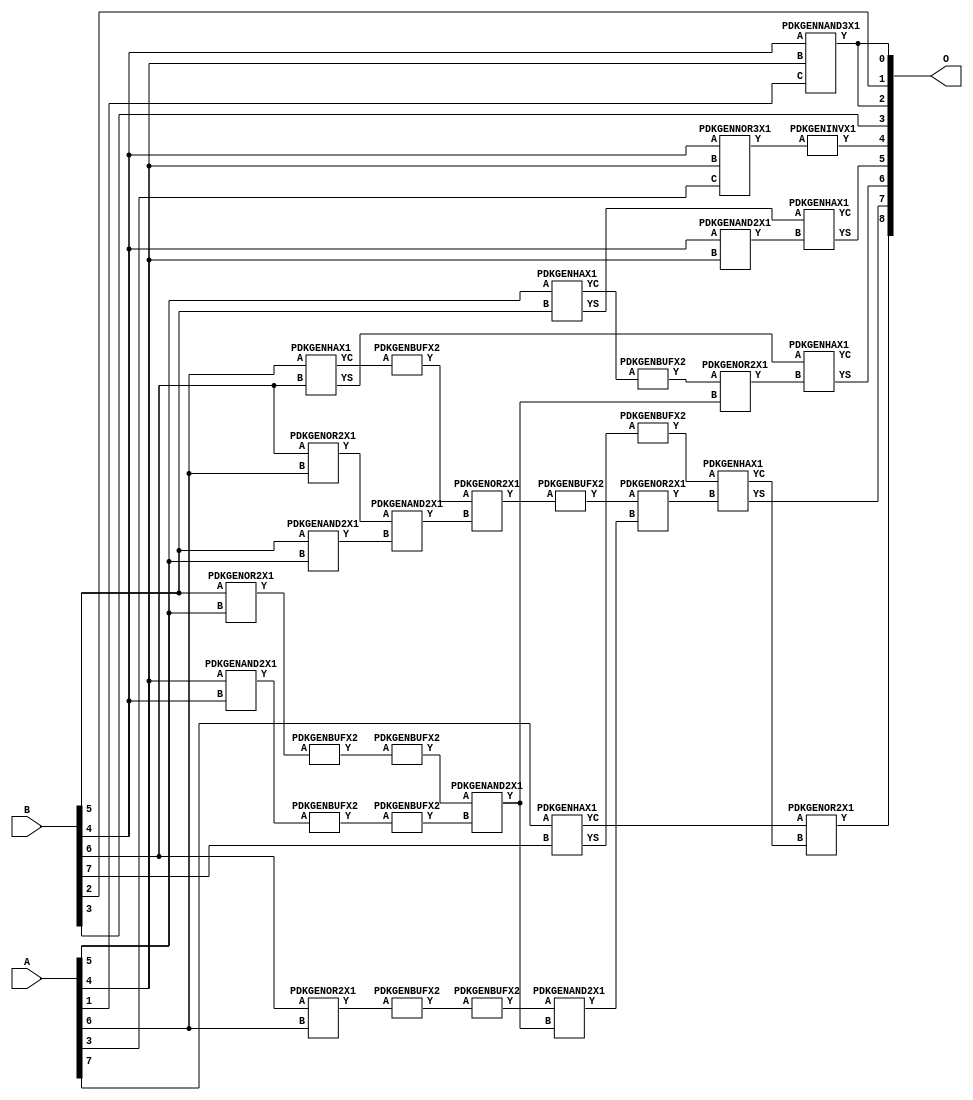
// Library = EvoApprox8b
// Circuit = add8_061
// Area   (180) = 1252
// Delay  (180) = 0.880
// Power  (180) = 329.70
// Area   (45) = 89
// Delay  (45) = 0.370
// Power  (45) = 26.27
// Nodes = 32
// HD = 188032
// MAE = 6.21875
// MSE = 59.12500
// MRE = 3.26 %
// WCE = 21
// WCRE = 500 %
// EP = 94.5 %

module add8_061(A, B, O);
  input [7:0] A;
  input [7:0] B;
  output [8:0] O;
  wire [2031:0] N;

  assign N[0] = A[0];
  assign N[1] = A[0];
  assign N[2] = A[1];
  assign N[3] = A[1];
  assign N[4] = A[2];
  assign N[5] = A[2];
  assign N[6] = A[3];
  assign N[7] = A[3];
  assign N[8] = A[4];
  assign N[9] = A[4];
  assign N[10] = A[5];
  assign N[11] = A[5];
  assign N[12] = A[6];
  assign N[13] = A[6];
  assign N[14] = A[7];
  assign N[15] = A[7];
  assign N[16] = B[0];
  assign N[17] = B[0];
  assign N[18] = B[1];
  assign N[19] = B[1];
  assign N[20] = B[2];
  assign N[21] = B[2];
  assign N[22] = B[3];
  assign N[23] = B[3];
  assign N[24] = B[4];
  assign N[25] = B[4];
  assign N[26] = B[5];
  assign N[27] = B[5];
  assign N[28] = B[6];
  assign N[29] = B[6];
  assign N[30] = B[7];
  assign N[31] = B[7];

  PDKGENNAND3X1 n36(.A(N[24]), .B(N[8]), .C(N[2]), .Y(N[36]));
  assign N[37] = N[36];
  PDKGENOR2X1 n42(.A(N[28]), .B(N[12]), .Y(N[42]));
  assign N[43] = N[42];
  PDKGENOR2X1 n44(.A(N[28]), .B(N[12]), .Y(N[44]));
  PDKGENAND2X1 n46(.A(N[26]), .B(N[10]), .Y(N[46]));
  PDKGENNOR3X1 n48(.A(N[24]), .B(N[8]), .C(N[6]), .Y(N[48]));
  assign N[49] = N[48];
  PDKGENAND2X1 n68(.A(N[8]), .B(N[24]), .Y(N[68]));
  assign N[69] = N[68];
  PDKGENBUFX2 n70(.A(N[69]), .Y(N[70]));
  PDKGENAND2X1 n72(.A(N[24]), .B(N[8]), .Y(N[72]));
  assign N[73] = N[72];
  PDKGENHAX1 n78(.A(N[10]), .B(N[26]), .YS(N[78]), .YC(N[79]));
  PDKGENBUFX2 n80(.A(N[79]), .Y(N[80]));
  assign N[81] = N[80];
  PDKGENHAX1 n86(.A(N[12]), .B(N[28]), .YS(N[86]), .YC(N[87]));
  PDKGENHAX1 n96(.A(N[14]), .B(N[30]), .YS(N[96]), .YC(N[97]));
  PDKGENBUFX2 n128(.A(N[44]), .Y(N[128]));
  PDKGENOR2X1 n134(.A(N[26]), .B(N[10]), .Y(N[134]));
  assign N[135] = N[134];
  PDKGENBUFX2 n136(.A(N[135]), .Y(N[136]));
  PDKGENBUFX2 n142(.A(N[87]), .Y(N[142]));
  assign N[143] = N[142];
  PDKGENBUFX2 n152(.A(N[70]), .Y(N[152]));
  assign N[153] = N[152];
  PDKGENBUFX2 n160(.A(N[96]), .Y(N[160]));
  PDKGENAND2X1 n162(.A(N[43]), .B(N[46]), .Y(N[162]));
  PDKGENBUFX2 n170(.A(N[128]), .Y(N[170]));
  PDKGENINVX1 n176(.A(N[49]), .Y(N[176]));
  assign N[177] = N[176];
  PDKGENOR2X1 n180(.A(N[143]), .B(N[162]), .Y(N[180]));
  assign N[181] = N[180];
  PDKGENBUFX2 n206(.A(N[136]), .Y(N[206]));
  PDKGENBUFX2 n208(.A(N[181]), .Y(N[208]));
  assign N[209] = N[208];
  PDKGENAND2X1 n226(.A(N[206]), .B(N[153]), .Y(N[226]));
  PDKGENOR2X1 n244(.A(N[81]), .B(N[226]), .Y(N[244]));
  assign N[245] = N[244];
  PDKGENAND2X1 n254(.A(N[170]), .B(N[226]), .Y(N[254]));
  PDKGENOR2X1 n272(.A(N[209]), .B(N[254]), .Y(N[272]));
  PDKGENHAX1 n394(.A(N[78]), .B(N[73]), .YS(N[394]), .YC(N[395]));
  PDKGENHAX1 n404(.A(N[86]), .B(N[245]), .YS(N[404]), .YC(N[405]));
  PDKGENHAX1 n412(.A(N[160]), .B(N[272]), .YS(N[412]), .YC(N[413]));
  PDKGENOR2X1 n422(.A(N[97]), .B(N[413]), .Y(N[422]));

  assign O[0] = N[37];
  assign O[1] = N[20];
  assign O[2] = N[37];
  assign O[3] = N[22];
  assign O[4] = N[177];
  assign O[5] = N[394];
  assign O[6] = N[404];
  assign O[7] = N[412];
  assign O[8] = N[422];

endmodule
/* mod */
module PDKGENNOR3X1(input A, input B, input C, output Y );
     assign Y = ~((A | B) | C);
endmodule
/* mod */
module PDKGENHAX1( input A, input B, output YS, output YC );
    assign YS = A ^ B;
    assign YC = A & B;
endmodule
/* mod */
module PDKGENOR2X1(input A, input B, output Y );
     assign Y = A | B;
endmodule
/* mod */
module PDKGENAND2X1(input A, input B, output Y );
     assign Y = A & B;
endmodule
/* mod */
module PDKGENINVX1(input A, output Y );
     assign Y = ~A;
endmodule
/* mod */
module PDKGENNAND3X1(input A, input B, input C, output Y );
     assign Y = ~((A & B) & C);
endmodule
/* mod */
module PDKGENBUFX2(input A, output Y );
     assign Y = A;
endmodule